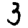
Digit: 3